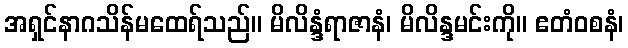
အရှင်နာဂသိန်မထေရ်သည်။ မိလိန္ဒံရာဇာနံ၊ မိလိန္ဒမင်းကို။ ဧတံဝစနံ၊